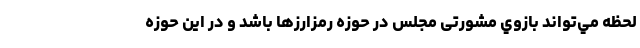
لحظه مي‌تواند بازوي مشورتی مجلس در حوزه رمزارزها باشد و در اين حوزه